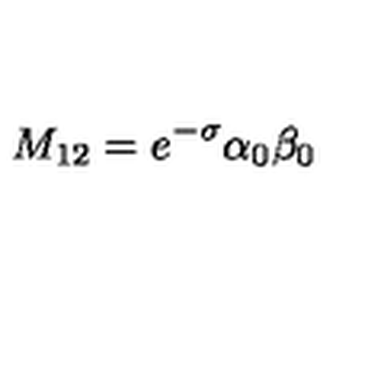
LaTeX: M _ { 1 2 } = e ^ { - \sigma } { \binom { \alpha _ { 0 } } { \beta _ { 0 } } }